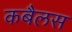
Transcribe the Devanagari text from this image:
कबैलस